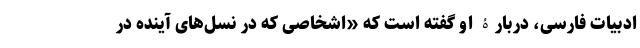
ادبیات فارسی، دربارۀ او گفته است که «اشخاصی که در نسل‌های آینده در